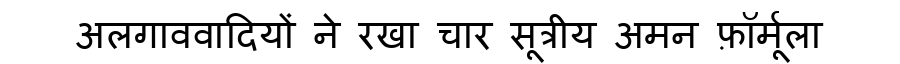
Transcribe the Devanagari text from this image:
अलगाववादियों ने रखा चार सूत्रीय अमन फ़ॉर्मूला